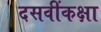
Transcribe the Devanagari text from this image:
दसवींकक्षा